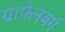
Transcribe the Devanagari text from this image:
ग्राफेनबर्ग